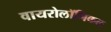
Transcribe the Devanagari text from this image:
वायरोलॉजिकल